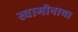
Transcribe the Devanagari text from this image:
स्वामीनाथा